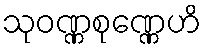
သုဝဏ္ဏစုဏ္ဏေဟိ